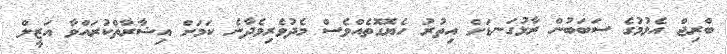
ބްރިޖް އެޅުމުގެ ސަބަބުން ރާޅުގަނޑަށް އިތުރު ހެޔޮގޮތެއްވެސް މެދުވެރިވެދާނެ ކަމަށް އިޝާރާތްކުރައްވާ އަޒީލް